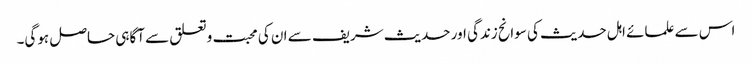
اس سے علمائے اہل حدیث کی سوانح زندگی اور حدیث شریف سے ان کی محبت وتعلق سے آگاہی حاصل ہوگی۔